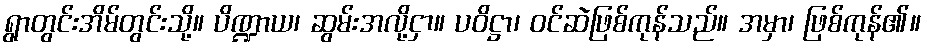
ရွာတွင်းအိမ်တွင်းသို့။ ပိဏ္ဍာယ၊ ဆွမ်းအလို့ငှာ။ ပဝိဋ္ဌာ၊ ဝင်ဆဲဖြစ်ကုန်သည်။ အမှာ၊ ဖြစ်ကုန်၏။